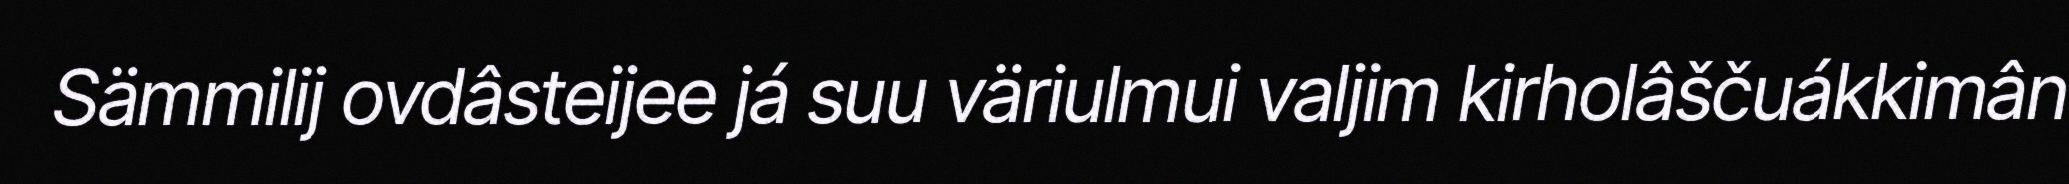
Sämmilij ovdâsteijee já suu väriulmui valjim kirholâščuákkimân